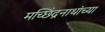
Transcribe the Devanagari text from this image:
मच्छिंद्रनाथांच्या